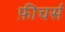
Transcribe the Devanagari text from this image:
फ़ीचर्स